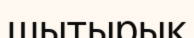
шытырық